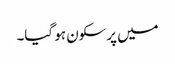
میں پرسکون ہو گیا۔